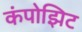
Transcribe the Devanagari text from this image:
कंपोझिट